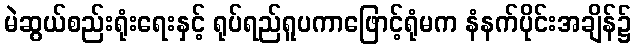
မဲဆွယ်စည်းရုံးရေးနှင့် ရုပ်ရည်ရူပကာဖြောင့်ရုံမက နံနက်ပိုင်းအချိန်၌